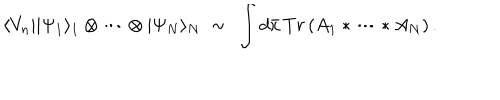
\langle V _ { n } | | \Psi _ { 1 } \rangle _ { 1 } \otimes \cdots \otimes | \Psi _ { N } \rangle _ { N } \; \sim \, \; \int d \bar { x } \, T r \left( A _ { 1 } \ast \cdots \ast A _ { N } \right) .